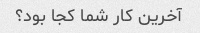
آخرین کار شما کجا بود؟